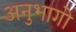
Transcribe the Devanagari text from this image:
अनुभागो